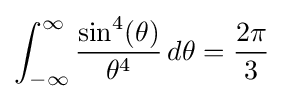
\int _{-\infty }^{\infty }{\frac {\sin ^{4}(\theta )}{\theta ^{4}}}\,d\theta ={\frac {2\pi }{3}}